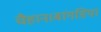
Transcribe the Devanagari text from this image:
चैहान।बांगडिया